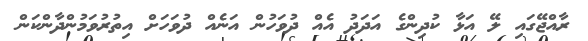
ރާއްޖޭގައި ލޭ އަޅާ ކުދިންގެ އަދަދު އެއް ދުވަހުން އަނެއް ދުވަހަށް އިތުރުވަމުންދާންކަން